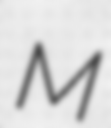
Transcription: M